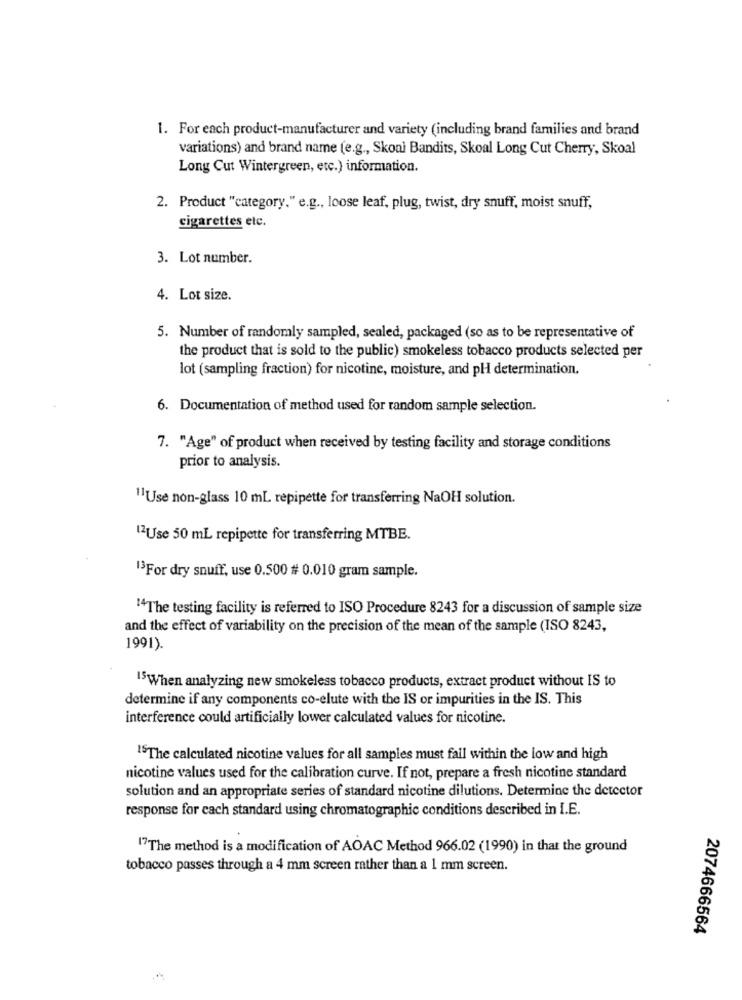
1. For each product-manufacturer and variety (including brand families and brand
variations) and brand name (e.g ., Skonl Bandits, Skoal Long Cut Cherry, Skoal
Long Cut Wintergreen, etc.) information.
2. Product "category." e.g ., loose leaf, plug, twist, dry snuff, moist snuff,
cigarettes etc.
3. Lot number.
4. Lot size.
5. Number of randomly sampled, sealed, packaged (so as to be representative of
the product that is sold to the public) smokeless tobacco products selected per
lot (sampling fraction) for nicotine, moisture, and pH determination.
6. Documentation of method used for random sample selection.
7. "Age" of product when received by testing facility and storage conditions
prior to analysis.
11Use non-glass 10 mL repipette for transferring NaOH solution.
12Use 50 mL repipette for transferring MTBE.
13For dry snuff, use 0.500 # 0.010 gram sample.
14The testing facility is referred to ISO Procedure 8243 for a discussion of sample size
and the effect of variability on the precision of the mean of the sample (ISO 8243,
1991).
15When analyzing new smokeless tobacco products, extract product without IS to
determine if any components co-elute with the IS or impurities in the IS. This
interference could artificially lower calculated values for nicotine.
ISThe calculated nicotine values for all samples must fall within the low and high
nicotine values used for the calibration curve. If not, prepare a fresh nicotine standard
solution and an appropriate series of standard nicotine dilutions. Determine the detector
response for each standard using chromatographic conditions described in I.E.
17The method is a modification of AOAC Method 966.02 (1990) in that the ground
tobacco passes through a 4 mm screen rather than a 1 mm screen.
2074666564